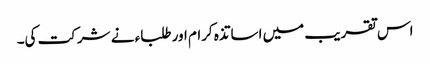
اس تقریب میں اساتذہ کرام اور طلباء نے شرکت کی۔